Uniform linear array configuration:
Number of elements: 24
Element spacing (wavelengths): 1
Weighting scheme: hann
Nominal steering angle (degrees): -30
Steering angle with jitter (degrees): -29.318
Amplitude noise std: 0.05
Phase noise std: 0.05

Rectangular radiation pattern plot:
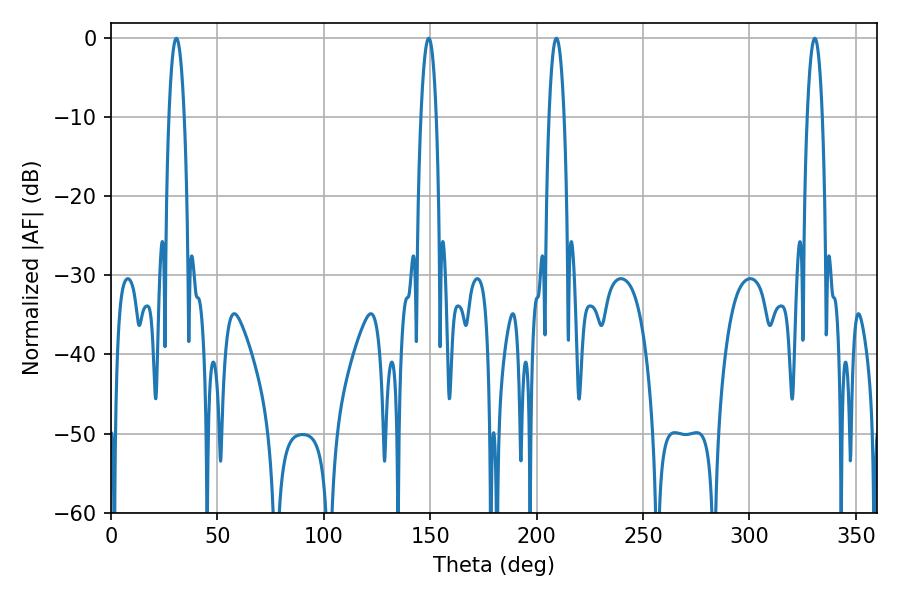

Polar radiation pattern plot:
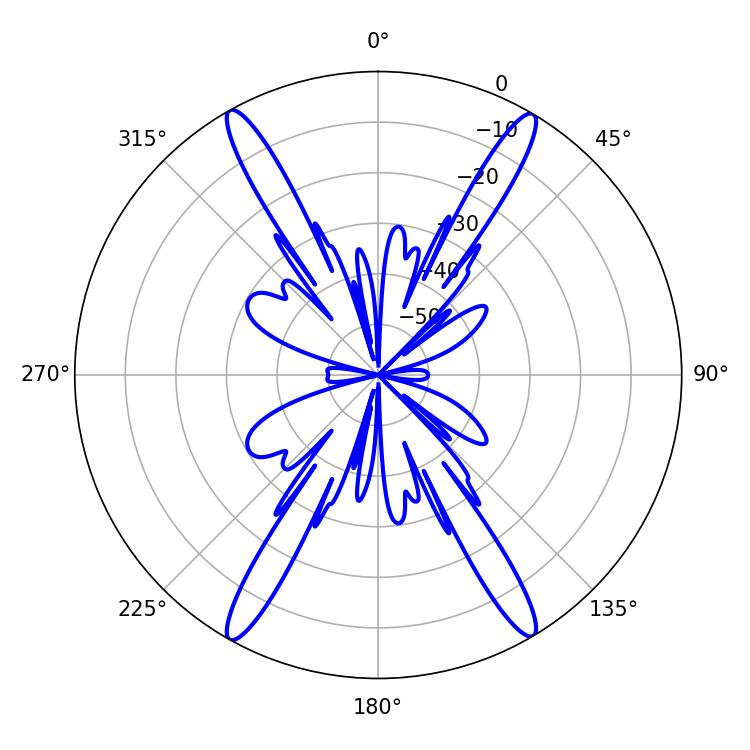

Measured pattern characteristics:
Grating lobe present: TRUE
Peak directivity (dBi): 26.917
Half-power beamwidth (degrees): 3.96
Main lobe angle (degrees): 330.66